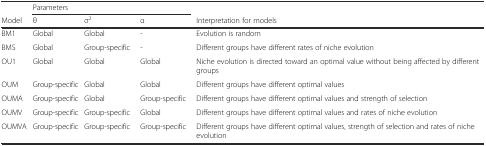
<table><thead><tr><td></td><td colspan="3"><b>Parameters</b></td><td></td></tr><tr><td><b>Model</b></td><td><b>θ</b></td><td><b>σ<sup>2</sup></b></td><td><b>α</b></td><td><b>Interpretation for models</b></td></tr></thead><tbody><tr><td>BM1</td><td>Global</td><td>Global</td><td>-</td><td>Evolution is random</td></tr><tr><td>BMS</td><td>Global</td><td>Group-specific</td><td>-</td><td>Different groups have different rates of niche evolution</td></tr><tr><td>OU1</td><td>Global</td><td>Global</td><td>Global</td><td>Niche evolution is directed toward an optimal value without being affected by different groups</td></tr><tr><td>OUM</td><td>Group-specific</td><td>Global</td><td>Global</td><td>Different groups have different optimal values</td></tr><tr><td>OUMA</td><td>Group-specific</td><td>Global</td><td>Group-specific</td><td>Different groups have different optimal values and strength of selection</td></tr><tr><td>OUMV</td><td>Group-specific</td><td>Group-specific</td><td>Global</td><td>Different groups have different optimal values and rates of niche evolution</td></tr><tr><td>OUMVA</td><td>Group-specific</td><td>Group-specific</td><td>Group-specific</td><td>Different groups have different optimal values, strength of selection and rates of niche evolution</td></tr></tbody></table>